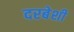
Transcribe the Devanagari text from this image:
दरबेशी